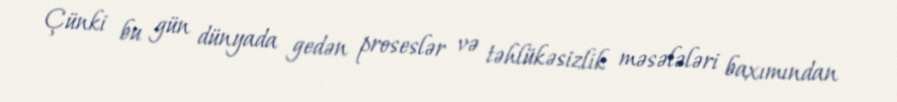
Çünki bu gün dünyada gedən proseslər və təhlükəsizlik məsələləri baxımından